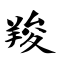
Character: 羧